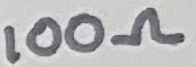
Text: 100Ω